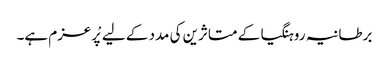
برطانیہ روہنگیا کے متاثرین کی مدد کے لیے پْرعزم ہے۔